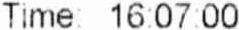
TIME: 16:07:00